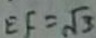
E F = \sqrt { 3 }